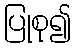
ပြုစု၍